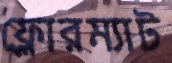
ফ্লোরম্যাট